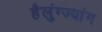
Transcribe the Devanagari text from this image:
हैलुंग्ज्यांग